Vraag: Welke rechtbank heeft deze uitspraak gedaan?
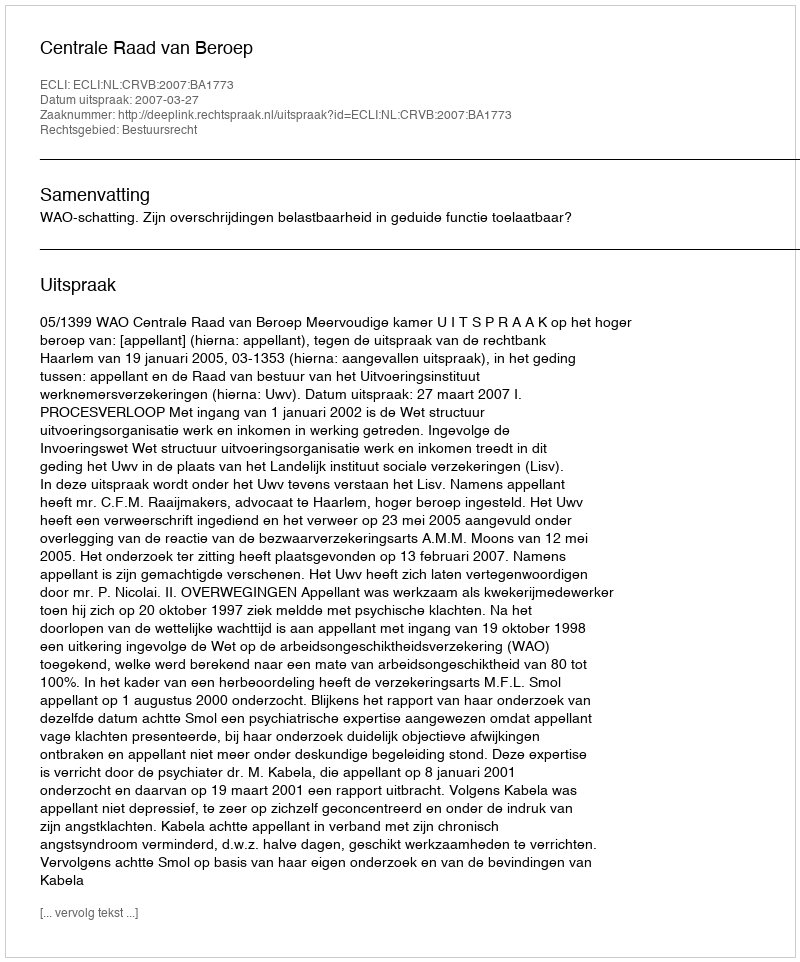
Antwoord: Centrale Raad van Beroep